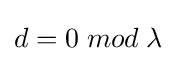
d=0\;mod\;\lambda